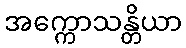
အက္ကောသန္တိယာ